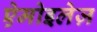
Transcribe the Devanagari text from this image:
ऐमोइलेज़